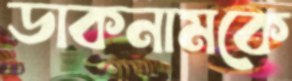
ডাকনামকে